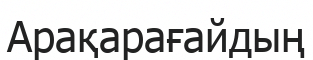
Арақарағайдың